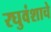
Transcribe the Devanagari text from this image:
रघुवंशाचे